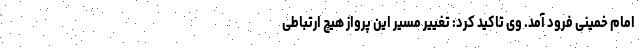
امام خمینی فرود آمد. وی تاکید کرد: تغییر مسیر این پرواز هیچ ارتباطی